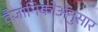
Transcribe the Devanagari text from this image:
वैज्ञानिकोअंनुसार